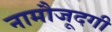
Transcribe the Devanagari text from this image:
नामौजूदगी